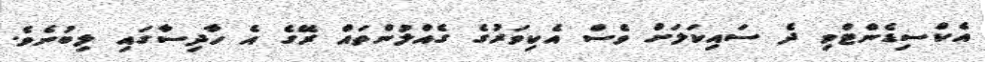
އެކްސިޑެންޓްވި ދެ ސައިކަލަށް ވެސް އެކިވަރުގެ ގެއްލުންތައް ރޭގެ އެ ހާދިސާގައި ލިބުނެވެ.